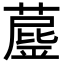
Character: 𦼘